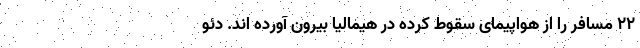
۲۲ مسافر را از هواپیمای سقوط کرده در هیمالیا بیرون آورده اند. دئو